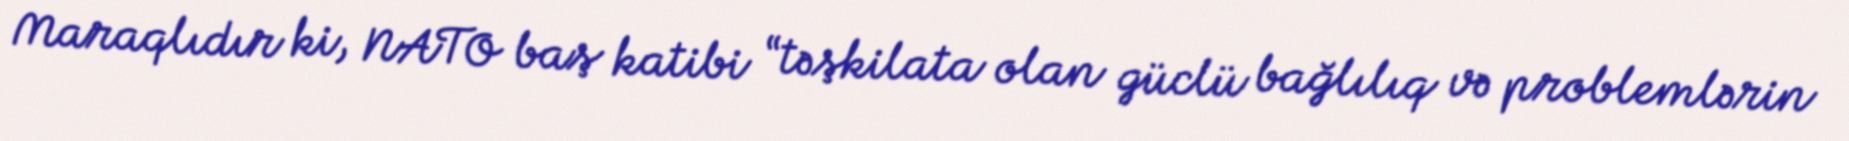
Maraqlıdır ki, NATO baş katibi “təşkilata olan güclü bağlılıq və problemlərin